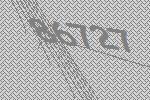
86727